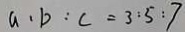
a : b : c = 3 : 5 : 7